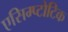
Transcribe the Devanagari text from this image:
एसिम्प्टोटिक